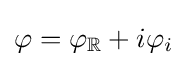
\varphi =\varphi _{\mathbb {R} }+i\varphi _{i}